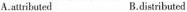
A.atribuled B.distributed